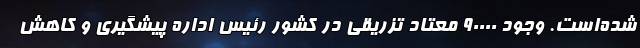
شده‌است. وجود ۹۰۰۰۰ معتاد تزریقی در کشور رئیس اداره پیشگیری و کاهش